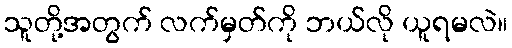
သူတို့အတွက် လက်မှတ်ကို ဘယ်လို ယူရမလဲ။